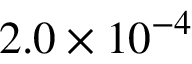
2 . 0 \times 1 0 ^ { - 4 }